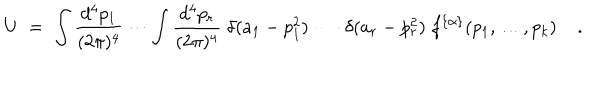
U \; = \; \int \frac { d ^ { 4 } p _ { 1 } } { ( 2 \pi ) ^ { 4 } } \cdots \int \frac { d ^ { 4 } p _ { r } } { ( 2 \pi ) ^ { 4 } } \; \delta ( a _ { 1 } - p _ { 1 } ^ { 2 } ) \: \cdots \: \delta ( a _ { r } - p _ { r } ^ { 2 } ) \; f ^ { \{ \alpha \} } ( p _ { 1 } , \ldots , p _ { k } ) \; .